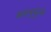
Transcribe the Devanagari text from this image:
मनप्पुरम